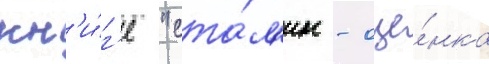
кн'и́г'е "ста́л'ин - оце́нка